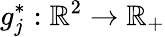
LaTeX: g_{j}^{\ast}:\mathbb{R}^{2}\to\mathbb{R}_{+}